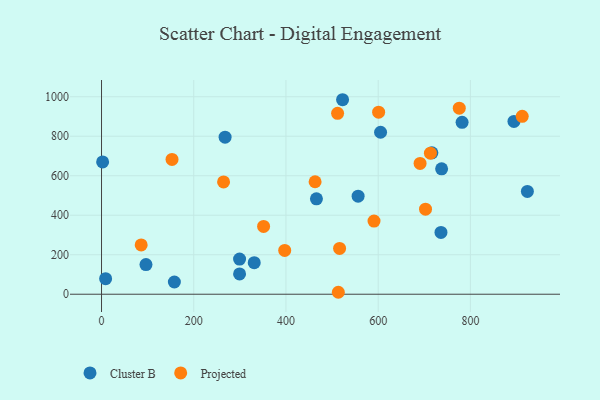
{"axis": {"x": "Experience", "y": "Fuel Efficiency"}, "legend": ["Cluster B", "Projected"], "data": [{"x": "522.8", "y": 984.9, "type": "Cluster B"}, {"x": "299.4", "y": 102.6, "type": "Cluster B"}, {"x": "96.4", "y": 150.1, "type": "Cluster B"}, {"x": "8.9", "y": 78.9, "type": "Cluster B"}, {"x": "268.0", "y": 795.3, "type": "Cluster B"}, {"x": "2.4", "y": 669.9, "type": "Cluster B"}, {"x": "331.2", "y": 159.7, "type": "Cluster B"}, {"x": "556.5", "y": 496.5, "type": "Cluster B"}, {"x": "782.0", "y": 870.6, "type": "Cluster B"}, {"x": "158.0", "y": 61.9, "type": "Cluster B"}, {"x": "299.4", "y": 178.1, "type": "Cluster B"}, {"x": "605.2", "y": 820.2, "type": "Cluster B"}, {"x": "716.5", "y": 715.9, "type": "Cluster B"}, {"x": "736.2", "y": 312.8, "type": "Cluster B"}, {"x": "894.5", "y": 874.8, "type": "Cluster B"}, {"x": "466.1", "y": 483.3, "type": "Cluster B"}, {"x": "737.6", "y": 635.2, "type": "Cluster B"}, {"x": "923.6", "y": 520.5, "type": "Cluster B"}, {"x": "264.7", "y": 568.8, "type": "Projected"}, {"x": "591.0", "y": 370.4, "type": "Projected"}, {"x": "513.6", "y": 9.9, "type": "Projected"}, {"x": "397.3", "y": 221.8, "type": "Projected"}, {"x": "702.7", "y": 430.6, "type": "Projected"}, {"x": "86.0", "y": 249.9, "type": "Projected"}, {"x": "601.0", "y": 921.9, "type": "Projected"}, {"x": "512.0", "y": 916.1, "type": "Projected"}, {"x": "152.9", "y": 682.8, "type": "Projected"}, {"x": "516.3", "y": 232.1, "type": "Projected"}, {"x": "912.4", "y": 900.9, "type": "Projected"}, {"x": "690.9", "y": 662.2, "type": "Projected"}, {"x": "351.5", "y": 343.2, "type": "Projected"}, {"x": "463.2", "y": 569.5, "type": "Projected"}, {"x": "775.9", "y": 942.1, "type": "Projected"}, {"x": "713.3", "y": 714.5, "type": "Projected"}]}